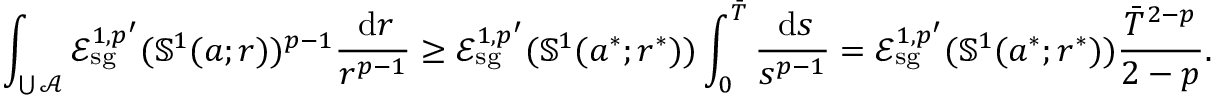
\int _ { \bigcup \mathcal A } \mathcal E _ { \mathrm { s g } } ^ { 1 , p ^ { \prime } } ( \mathbb S ^ { 1 } ( a ; r ) ) ^ { p - 1 } \frac { \, \mathrm d r } { r ^ { p - 1 } } \geq \mathcal E _ { \mathrm { s g } } ^ { 1 , p ^ { \prime } } ( \mathbb S ^ { 1 } ( a ^ { * } ; r ^ { * } ) ) \int _ { 0 } ^ { \bar { T } } \frac { \, \mathrm d s } { s ^ { p - 1 } } = \mathcal E _ { \mathrm { s g } } ^ { 1 , p ^ { \prime } } ( \mathbb S ^ { 1 } ( a ^ { * } ; r ^ { * } ) ) \frac { { \bar { T } } ^ { 2 - p } } { 2 - p } .